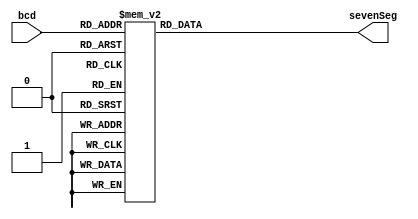
`timescale 1ns / 1ps
//////////////////////////////////////////////////////////////////////////////////
// Company: 
// Engineer: 
// 
// Design Name: 
// Module Name: bcd_to_seven
// Project Name: 
// Target Devices: 
// Tool Versions: 
// Description: 
// 
// Dependencies: 
// 
// Revision:
// Revision 0.01 - File Created
// Additional Comments:
// 
//////////////////////////////////////////////////////////////////////////////////


module bcd_to_seven(bcd, sevenSeg);

input [0:3] bcd;
output [0:6] sevenSeg;
reg [0:6] sevenSeg;

always @(bcd)
    begin
        case (bcd) 
            0 : sevenSeg = 7'b1111110;
            1 : sevenSeg = 7'b0110000;
            2 : sevenSeg = 7'b1101101;
            3 : sevenSeg = 7'b1111001;
            4 : sevenSeg = 7'b0110011;
            5 : sevenSeg = 7'b1011011;
            6 : sevenSeg = 7'b1011111;
            7 : sevenSeg = 7'b1110000;
            8 : sevenSeg = 7'b1111111;
            9 : sevenSeg = 7'b1111011;
            default : sevenSeg = 7'b0000000; 
        endcase
    end
    
endmodule